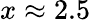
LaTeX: x\approx 2.5